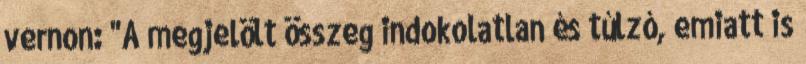
vernon: "A megjelölt összeg indokolatlan és túlzó, emiatt is